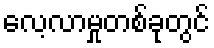
လေ့လာမှုတစ်ခုတွင်